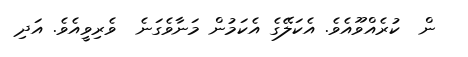
ން  ކުރެއްވޫއެވެ. އެކަލޭގެ އެކަމުން މަނާވެގަނެ  ވެރިވީއެވެ. އަދި